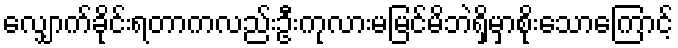
လျှောက်ခိုင်းရတာကလည်းဦးကုလားမမြင်မိဘဲရှိမှာစိုးသောကြောင့်